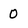
Character: 0